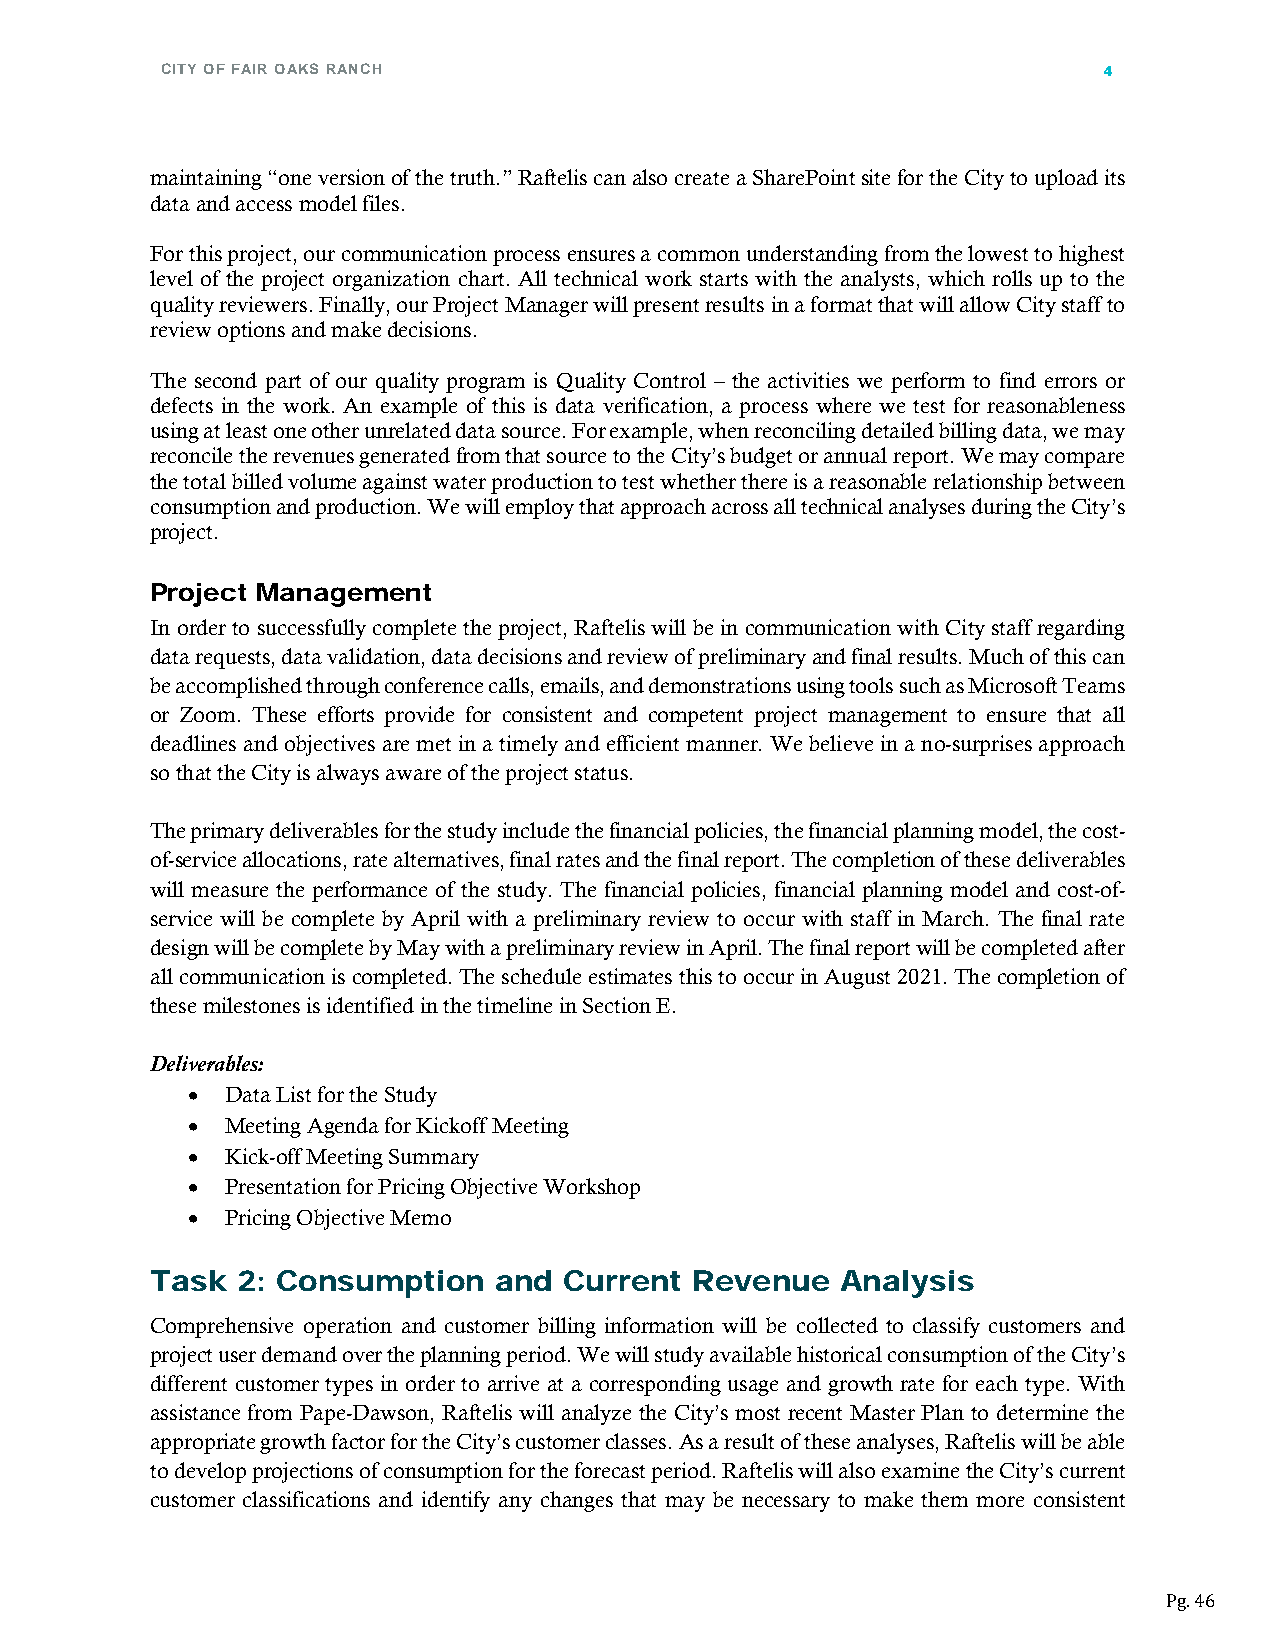
CITY OF FAIR OAKS RANCH                                       4
 maintaining “one version of the truth.” Raftelis can also create a SharePoint site for the City to upload its
 data and access model files.
 For this project, our communication process ensures a common understanding from the lowest to highest
 level of the project organization chart. All technical work starts with the analysts, which rolls up to the
 quality reviewers. Finally, our Project Manager will present results in a format that will allow City staff to
 review options and make decisions.
 The second part of our quality program is Quality Control – the activities we perform to find errors or
 defects in the work. An example of this is data verification, a process where we test for reasonableness
 using at least one other unrelated data source. For example, when reconciling detailed billing data, we may
 reconcile the revenues generated from that source to the City’s budget or annual report. We may compare
 the total billed volume against water production to test whether there is a reasonable relationship between
 consumption and production. We will employ that approach across all technical analyses during the City’s
 project.
 Project Management
 In order to successfully complete the project, Raftelis will be in communication with City staff regarding
 data requests, data validation, data decisions and review of preliminary and final results. Much of this can
 be accomplished through conference calls, emails, and demonstrations using tools such as Microsoft Teams
 or Zoom. These efforts provide for consistent and competent project management to ensure that all
 deadlines and objectives are met in a timely and efficient manner. We believe in a no-surprises approach
 so that the City is always aware of the project status.
 The primary deliverables for the study include the financial policies, the financial planning model, the cost-
 of-service allocations, rate alternatives, final rates and the final report. The completion of these deliverables
 will measure the performance of the study. The financial policies, financial planning model and cost-of-
 service will be complete by April with a preliminary review to occur with staff in March. The final rate
 design will be complete by May with a preliminary review in April. The final report will be completed after
 all communication is completed. The schedule estimates this to occur in August 2021. The completion of
 these milestones is identified in the timeline in Section E.
 Deliverables:
 •  Data List for the Study
 •  Meeting Agenda for Kickoff Meeting
 •  Kick-off Meeting Summary
 •  Presentation for Pricing Objective Workshop
 •  Pricing Objective Memo
 Task  2: Consumption   and Current  Revenue   Analysis
 Comprehensive operation and customer billing information will be collected to classify customers and
 project user demand over the planning period. We will study available historical consumption of the City’s
 different customer types in order to arrive at a corresponding usage and growth rate for each type. With
 assistance from Pape-Dawson, Raftelis will analyze the City’s most recent Master Plan to determine the
 appropriate growth factor for the City’s customer classes. As a result of these analyses, Raftelis will be able
 to develop projections of consumption for the forecast period. Raftelis will also examine the City’s current
 customer classifications and identify any changes that may be necessary to make them more consistent
 Pg. 46